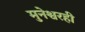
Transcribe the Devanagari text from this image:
मुनेश्वरही